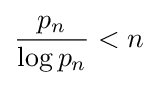
{\frac {p_{n}}{\log p_{n}}}<n